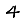
Digit: 4